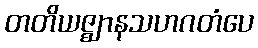
တတိယဇ္ဈာနသဟဂတံပေ